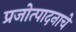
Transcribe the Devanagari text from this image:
प्रजोत्पादनाचे